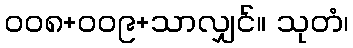
၀၀၈+၀၀၉+သာလျှင်။ သုတံ၊